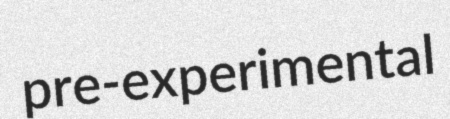
pre-experimental